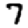
Digit: 7